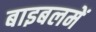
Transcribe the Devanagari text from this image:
बाइबलमें